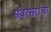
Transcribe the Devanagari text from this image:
संवत्सरांचा